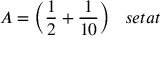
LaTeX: A = { \bigg ( } { \frac { 1 } { 2 } } + { \frac { 1 } { 1 0 } } { \bigg ) } \; \; \; s e t a t